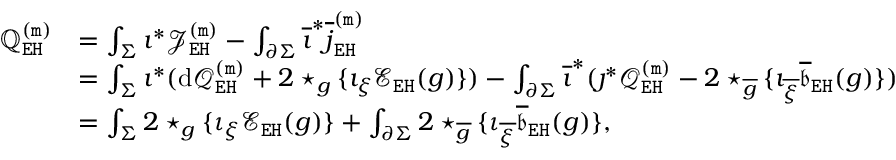
\begin{array} { r l } { \mathbb { Q } _ { \mathtt { E H } } ^ { \mathtt { ( m ) } } } & { = \int _ { \Sigma } \imath ^ { * } \mathcal { J } _ { \mathtt { E H } } ^ { \mathtt { ( m ) } } - \int _ { \partial \Sigma } \overline { { \imath } } ^ { * } \overline { { j } } _ { \mathtt { E H } } ^ { \mathtt { ( m ) } } } \\ & { = \int _ { \Sigma } \imath ^ { * } ( \mathrm { d } \mathcal { Q } _ { \mathtt { E H } } ^ { \mathtt { ( m ) } } + 2 \star _ { g } \{ \imath _ { \xi } \mathcal { E } _ { \mathtt { E H } } ( g ) \} ) - \int _ { \partial \Sigma } \overline { { \imath } } ^ { * } ( \jmath ^ { * } \mathcal { Q } _ { \mathtt { E H } } ^ { \mathtt { ( m ) } } - 2 \star _ { \overline { { g } } } \{ \imath _ { \overline { { \xi } } } \overline { { \mathfrak { b } } } _ { \mathtt { E H } } ( g ) \} ) } \\ & { = \int _ { \Sigma } 2 \star _ { g } \{ \iota _ { \xi } \mathcal { E } _ { \mathtt { E H } } ( g ) \} + \int _ { \partial \Sigma } 2 \star _ { \overline { { g } } } \{ \iota _ { \overline { { \xi } } } \mathfrak { \overline { { b } } } _ { \mathtt { E H } } ( g ) \} , } \end{array}